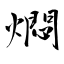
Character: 燜